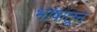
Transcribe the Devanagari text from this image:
भांषांतून